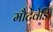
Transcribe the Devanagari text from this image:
मौटेवेर्डि